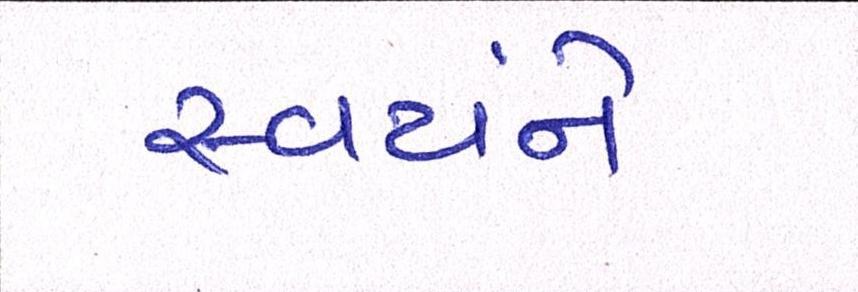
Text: સ્વયંને